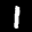
Label: 1